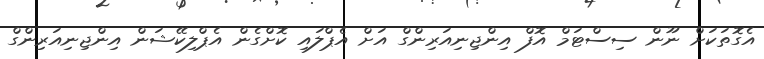
އެގޮތަކަށް ނޫން ސިސްޓަމް އޮފް އިންޖިނިއަރިންގް އަށް އެޕްލައި ކޮށްގެން އެޕްލިކޭޝަން އިންޖިނިއަރިންގް